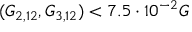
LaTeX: ( G _ { 2 , 1 2 } , G _ { 3 , 1 2 } ) < 7 . 5 \cdot 1 0 ^ { - 2 } G